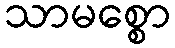
သာမစ္စော